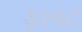
ફાવટ